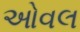
ઓવલ